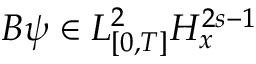
B \psi \in L _ { [ 0 , T ] } ^ { 2 } H _ { x } ^ { 2 s - 1 }